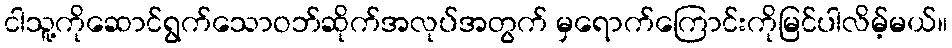
ငါသူ့ကိုဆောင်ရွက်သောဝဘ်ဆိုက်အလုပ်အတွက် မှရောက်ကြောင်းကိုမြင်ပါလိမ့်မယ်။